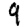
Digit: 9